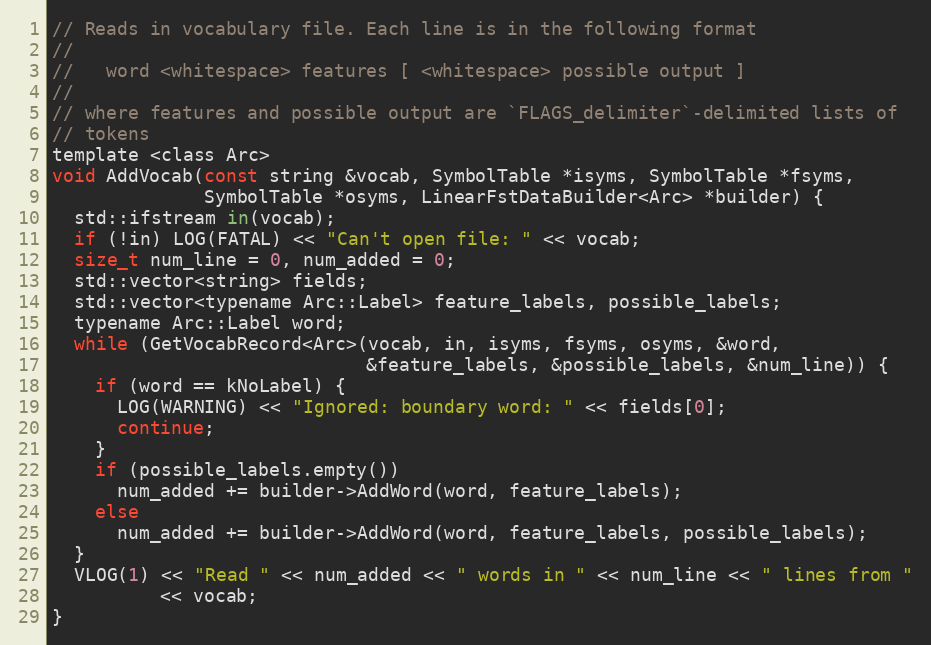
Language: C
// Reads in vocabulary file. Each line is in the following format
//
//   word <whitespace> features [ <whitespace> possible output ]
//
// where features and possible output are `FLAGS_delimiter`-delimited lists of
// tokens
template <class Arc>
void AddVocab(const string &vocab, SymbolTable *isyms, SymbolTable *fsyms,
              SymbolTable *osyms, LinearFstDataBuilder<Arc> *builder) {
  std::ifstream in(vocab);
  if (!in) LOG(FATAL) << "Can't open file: " << vocab;
  size_t num_line = 0, num_added = 0;
  std::vector<string> fields;
  std::vector<typename Arc::Label> feature_labels, possible_labels;
  typename Arc::Label word;
  while (GetVocabRecord<Arc>(vocab, in, isyms, fsyms, osyms, &word,
                             &feature_labels, &possible_labels, &num_line)) {
    if (word == kNoLabel) {
      LOG(WARNING) << "Ignored: boundary word: " << fields[0];
      continue;
    }
    if (possible_labels.empty())
      num_added += builder->AddWord(word, feature_labels);
    else
      num_added += builder->AddWord(word, feature_labels, possible_labels);
  }
  VLOG(1) << "Read " << num_added << " words in " << num_line << " lines from "
          << vocab;
}